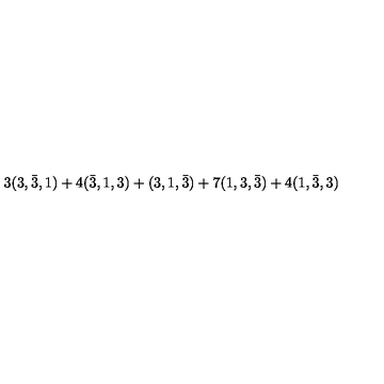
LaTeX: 3 ( 3 , \bar { 3 } , 1 ) + 4 ( \bar { 3 } , 1 , 3 ) + ( 3 , 1 , \bar { 3 } ) + 7 ( 1 , 3 , \bar { 3 } ) + 4 ( 1 , \bar { 3 } , 3 )